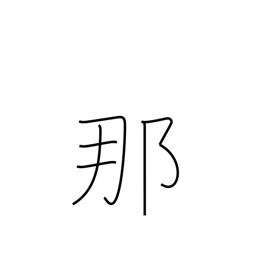
Meaning: what?